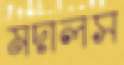
মদালস